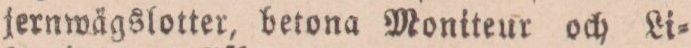
fernwägslotter, betona Moniteur och Li=